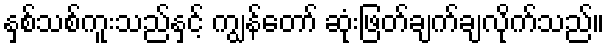
နှစ်သစ်ကူးသည်နှင့် ကျွန်တော် ဆုံးဖြတ်ချက်ချလိုက်သည်။